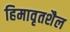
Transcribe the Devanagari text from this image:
हिमावृतशैल